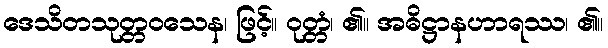
ဒေသိတသုတ္တဝသေန၊ ဖြင့်။ ဝုတ္တံ၊ ၏။ အဓိဋ္ဌာနဟာရဿ၊ ၏။